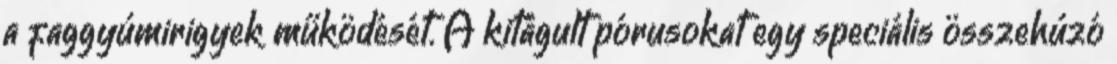
a faggyúmirigyek működését. A kitágult pórusokat egy speciális összehúzó